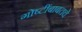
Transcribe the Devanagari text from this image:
गोष्टींबाबतचे